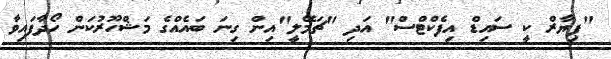
"ޕިޔާރް ކީ ސައިޑް އިފެކްޓްސް" އަދި "ޗަމޭލީ"އިން ގިނަ ބައެއްގެ މަޝްހޫރުކަން ހޯދާފައިވާ